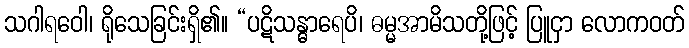
သဂါရဝေါ၊ ရိုသေခြင်းရှိ၏။ “ပဋိသန္ဓာရေပိ၊ ဓမ္မအာမိသတို့ဖြင့် ပြူငှာ လောကဝတ်